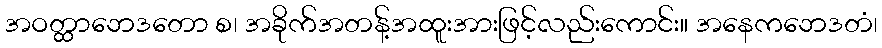
အဝတ္ထာဘေဒတော စ၊ အခိုက်အတန့်အထူးအားဖြင့်လည်းကောင်း။ အနေကဘေဒတံ၊